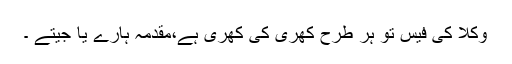
وکلا کی فیس تو ہر طرح کھری کی کھری ہے،مقدمہ ہارے یا جیتے ۔